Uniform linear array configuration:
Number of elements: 24
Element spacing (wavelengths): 0.25
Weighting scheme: hamming
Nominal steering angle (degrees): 0
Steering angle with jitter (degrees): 1.393
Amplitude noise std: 0.05
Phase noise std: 0.05

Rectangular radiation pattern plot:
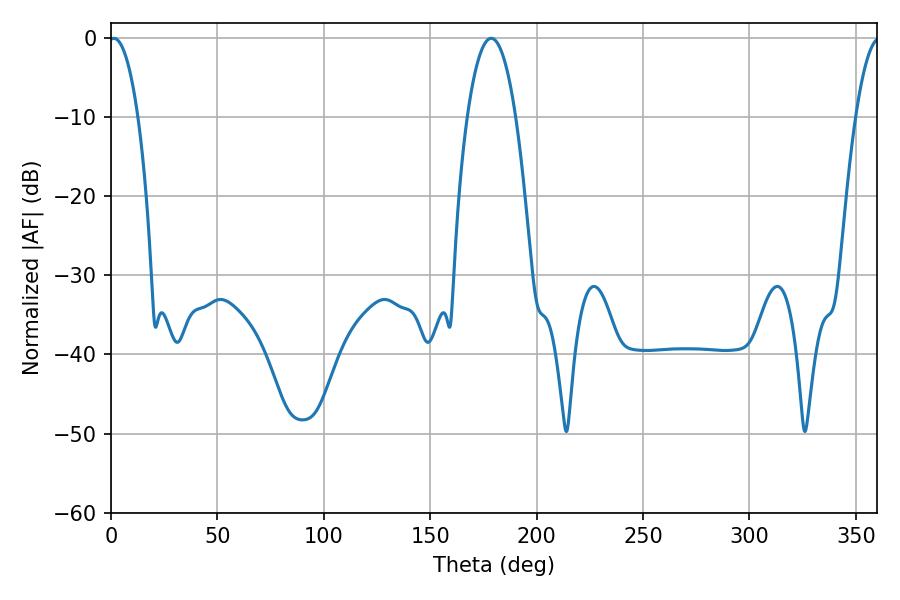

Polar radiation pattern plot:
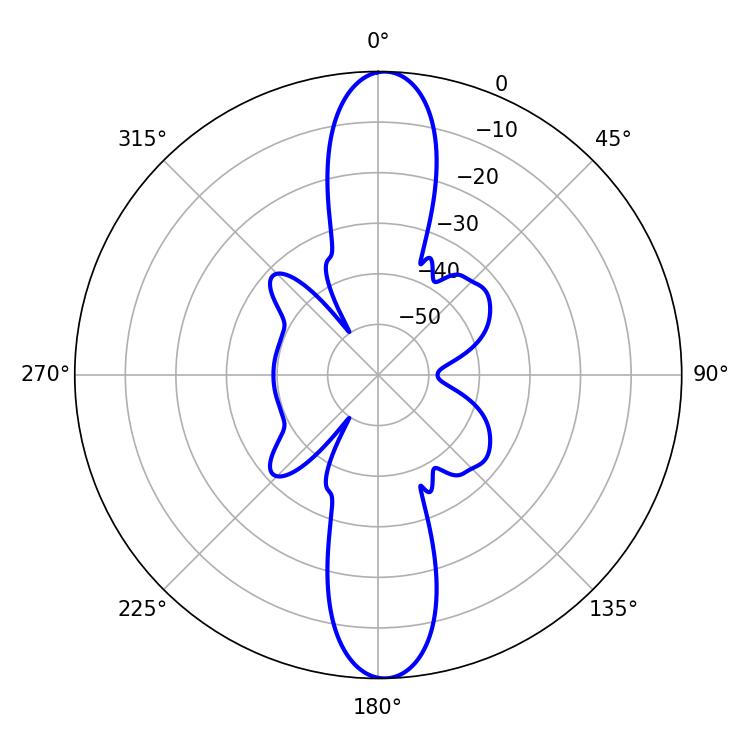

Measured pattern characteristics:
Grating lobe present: FALSE
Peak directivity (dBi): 22.833
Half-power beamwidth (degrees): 7.56
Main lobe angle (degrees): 1.26